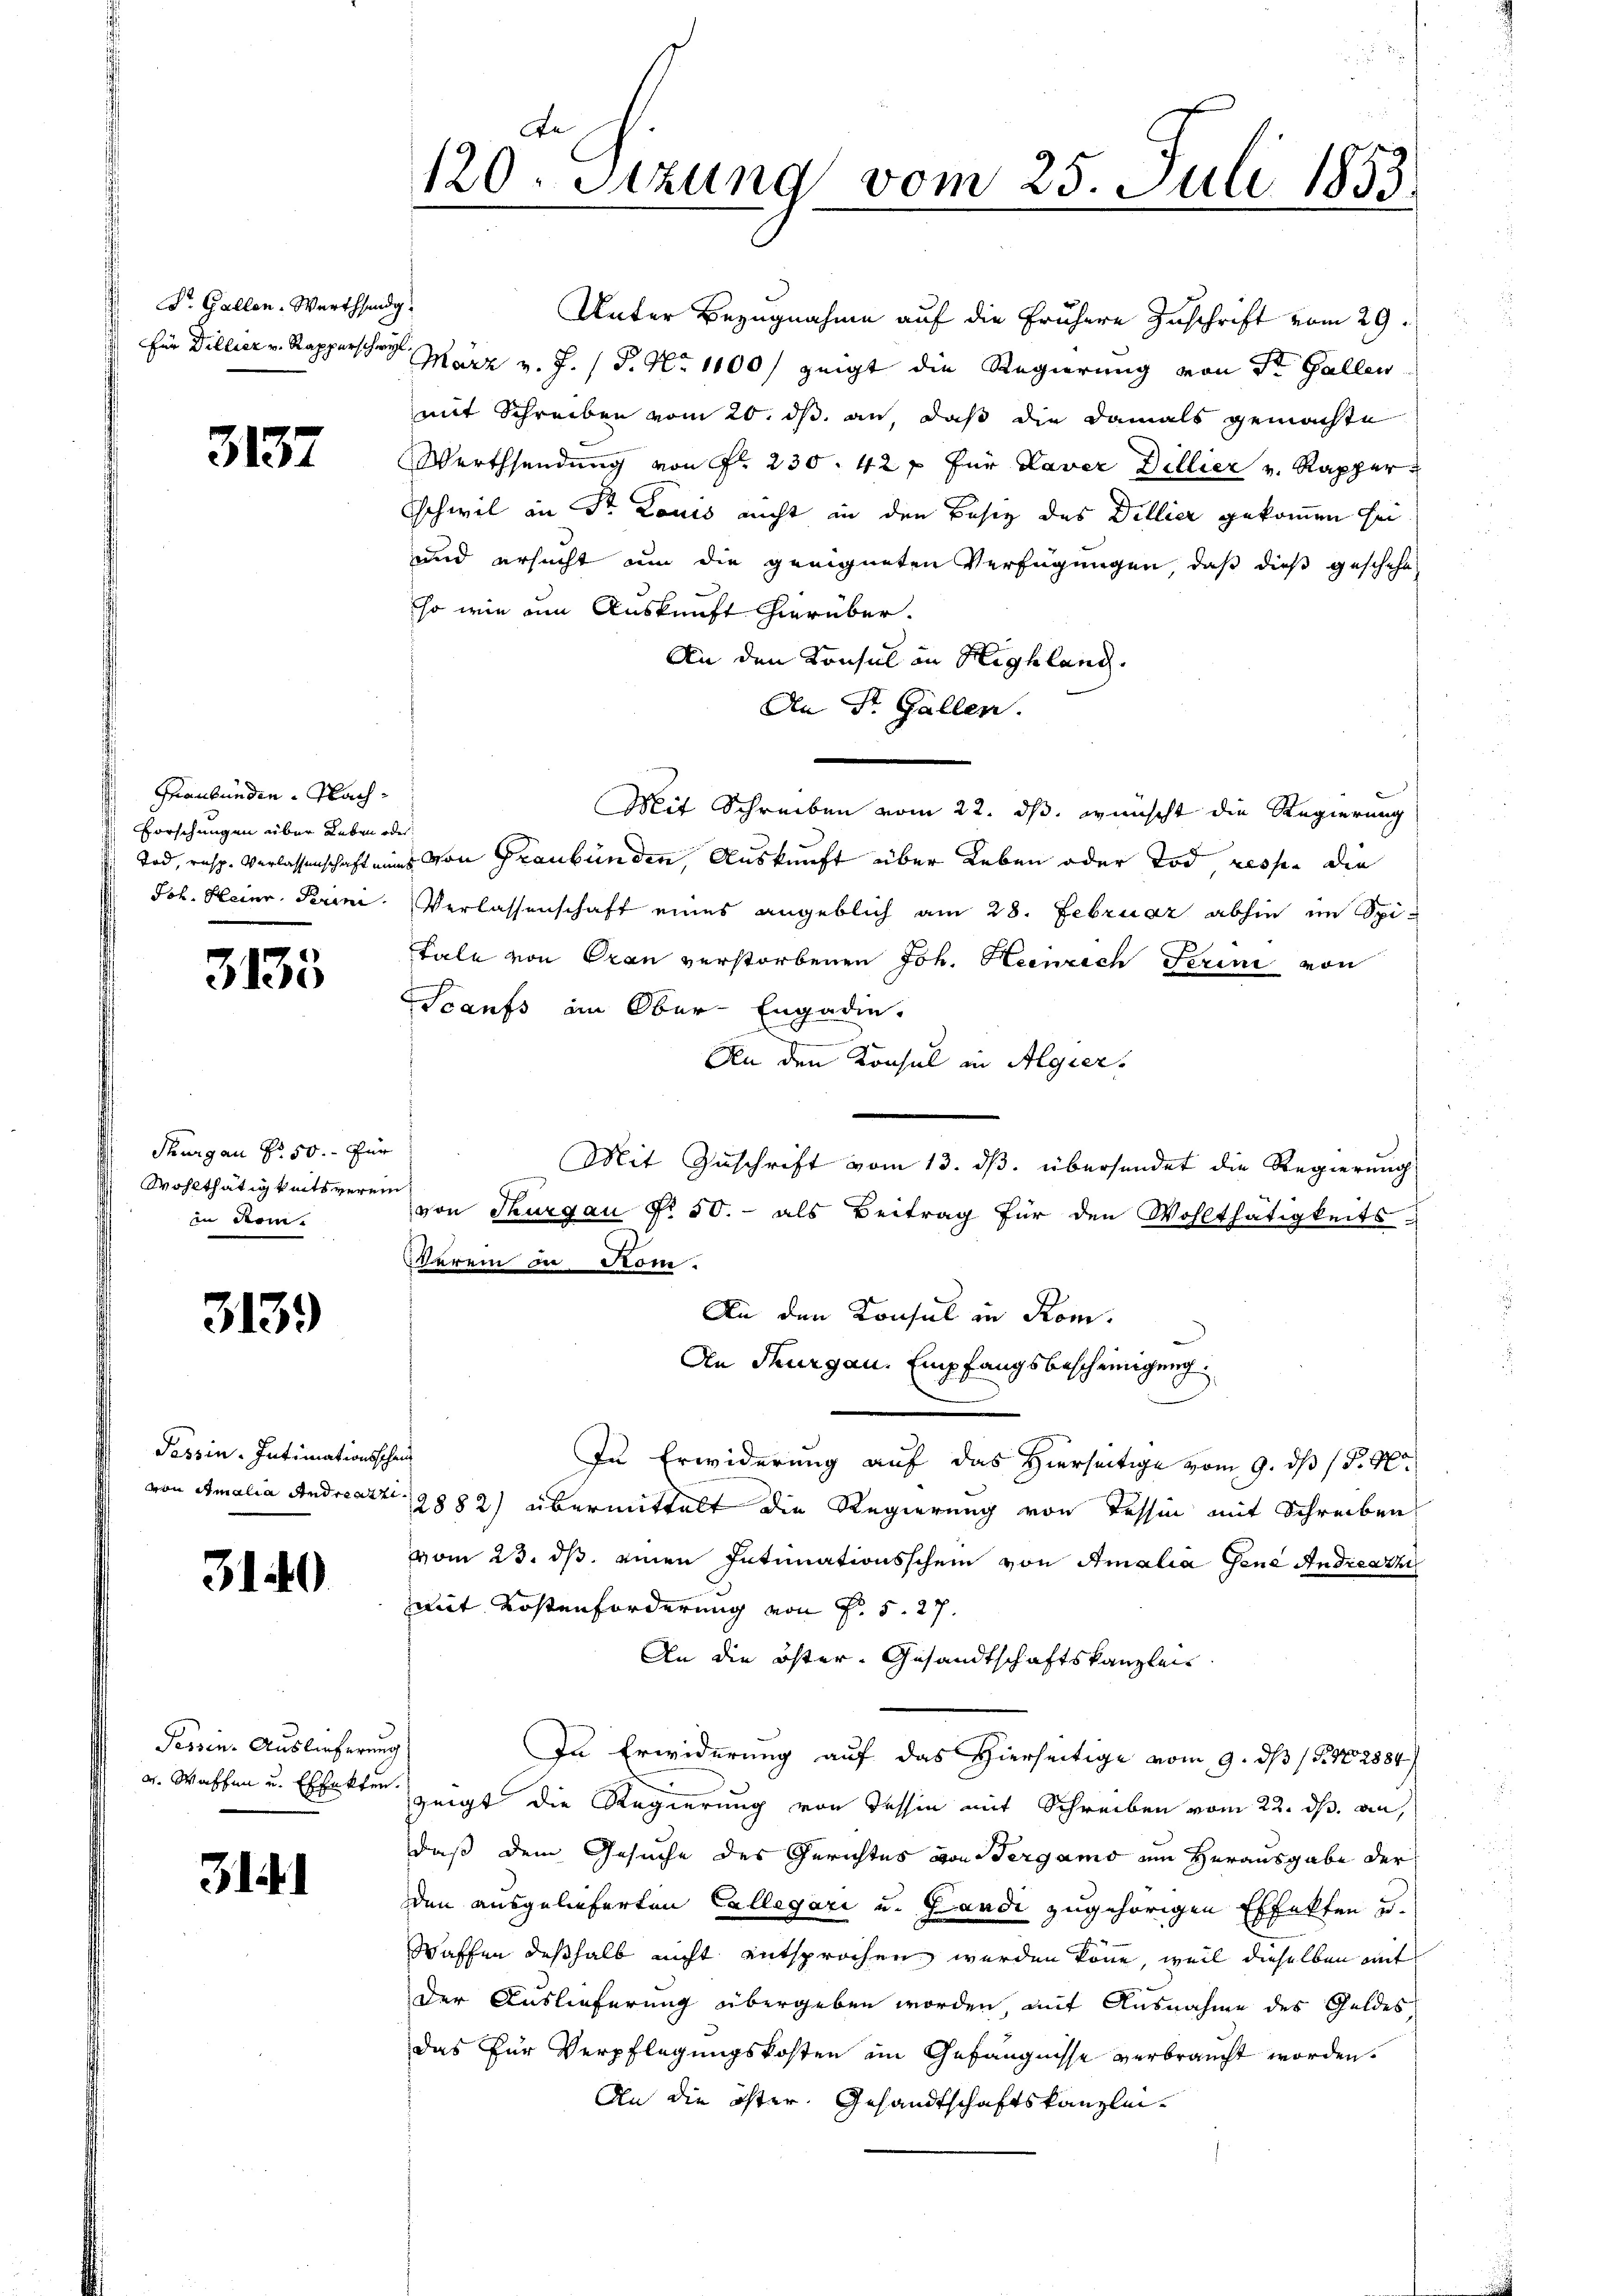
Dr. Gallen. Werthsang.

3137

Graubünden. Nach¬
Forschungen über Leben oder
Joh. Heinr. Perini

3135

Thurgau No. 50. für
Wohlthätigkeits verein
in derm.

3139

Tessin. Intimationssch
von Amalia Andreat

3140

Tessin. Auslieferung

31

De
120. Stzung vom 25. Juli 1853

Unter Bezugnahme auf die frühere Zuschrift vom 29.
Für Dillier v. Rapperschrift März v. J. P. Nr. 1100) zeigt die Regierung von St. Gallen
mit Schreiben vom 20. ds. an, daß die damals gemachte
Werthsendung von Fr. 230. 42 f für Taver Dillier v. Rapper
schwil in St. Louis nicht in den Besiz des Dellier gekommen sei,
und ersucht um die geeigneten Verfügungen, daß dieß geschehe,
so wie um Auskunft hierüber.
An den Konsul in Highlang.
An St. Gallen.
Mit Schreiben vom 22. ds. wünscht die Regierung
Tod, resp. Verlassenschaft eines von Graubünden Auskunft über Leben oder Tod resse die
Verlassenschaft eines angeblich am 28. Februar abhin im Spi-
Fale von Oran verstorbenen Joh. Heinrech Ferini von
Scaufs in Ober-Engadin,
An den Konsul in Algier
Mit Zuschrift vom 13. ds. übersendet die Regierung
von Thurgau § 50.- als Beitrag für den Wohlthätigkeits-
Verein in Stom.
An den Konsul in Rom.
An Thurgau. Empfangsbescheinigung.
he
In Erwiderung auf das Hierseitige vom 9. ds (S. 40
2882) übermittelt die Regierung von Tessin mit Schreiben
vom 23. ds. einen Intimationsschein von Amalia Gene Andreazz
mit Kostenforderung von Fr. 5. 27.
An die öster- Gesandtschaftskanzlei
f
In Erwiderung auf das Hierseitige vom 9. ds (S. 2884
v. Waffen u. Effekten zeigt die Regierung von Tessin mit Schreiben vom 22. ds. an,
daß dem Gesuche des Gerichtes von Sergamo um Herausgabe der
den ausgelieferten Collegari u. Landi zugehörigen Effekten u.
Waffen deßhalb nicht entsprochen werden könne, weil dieselben mit
Der Auslieferung übergeben worden mit Ausnahme des Geldes,
das für Verpflegungskosten im Gefängnisse verbraucht worden.
An die öster. Gesandtschaftskanzlei-